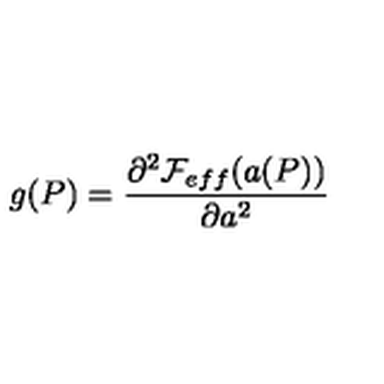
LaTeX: g ( P ) = \frac { \partial ^ { 2 } { \cal F } _ { e f f } ( a ( P ) ) } { \partial a ^ { 2 } }